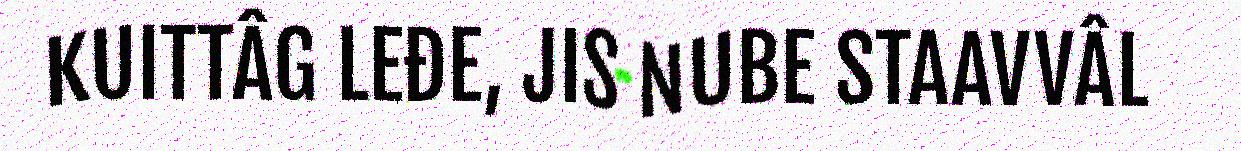
KUITTÂG LEĐE, JIS NUBE STAAVVÂL